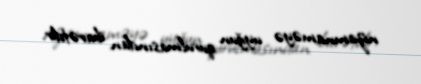
nizamnaməyə uyğun qurulmasından ibarətdir.